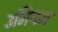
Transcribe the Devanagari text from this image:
उमियम